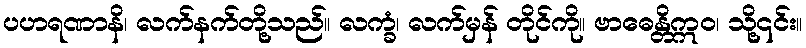
ပဟရဏာနိ၊ လက်နက်တို့သည်။ လက္ခံ၊ လက်မှန် တိုင်ကို။ ဗာဓေန္တိဣဝ၊ သို့၎င်း။